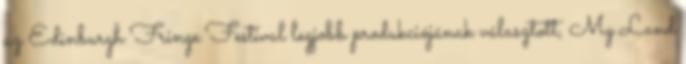
az Edinburgh Fringe Festival legjobb produkciójának választott, My Land